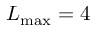
L _ { \operatorname* { m a x } } = 4